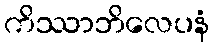
ကိဿာဘိလေပနံ